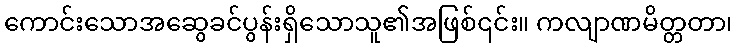
ကောင်းသောအဆွေခင်ပွန်းရှိသောသူ၏အဖြစ်၎င်း။ ကလျာဏမိတ္တတာ၊